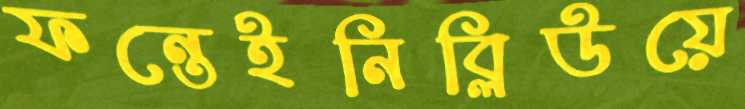
ফন্তেইনিব্লিউয়ে